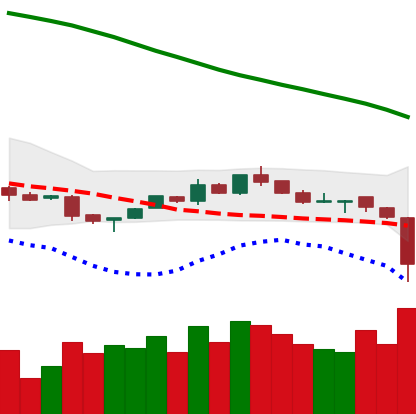
Ticker: NEO-USD
Chart end date: 2018-11-14
Forward return: -24.744%
Label: down_7plus